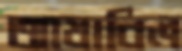
আযাবিল